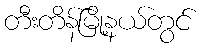
တီးတိန်မြို့နယ်တွင်